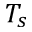
T _ { s }